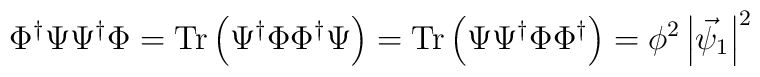
\Phi^{\dagger}\Psi \Psi^\dagger \Phi  = {\rm Tr}\left( \Psi^{\dagger}\Phi \Phi^\dagger \Psi \right) =  {\rm Tr}\left( \Psi \Psi^{\dagger} \Phi\Phi^\dagger \right) =  \phi^{2}  \left| \vec{\psi}_1\right|^{2}